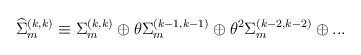
LaTeX: \begin{align*}{\widehat \Sigma}_{m}^{(k,k)} \equiv \Sigma _{m}^{(k,k)} \oplus \theta\Sigma _{m}^{(k-1,k-1)} \oplus \theta^{2}{\Sigma}_{m}^{(k-2,k-2)} \oplus...\end{align*}